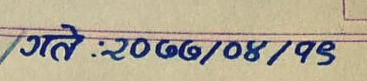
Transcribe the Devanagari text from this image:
गते:२०६६/०८/१९